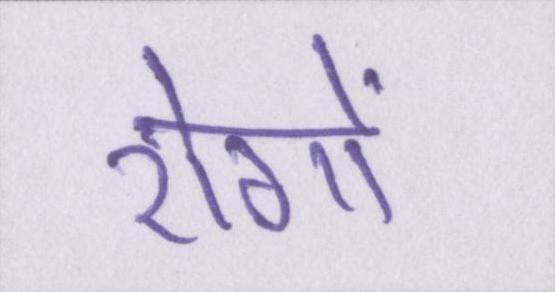
रोगों